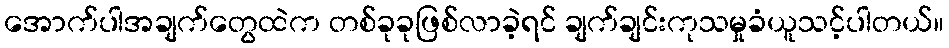
အောက်ပါအချက်တွေထဲက တစ်ခုခုဖြစ်လာခဲ့ရင် ချက်ချင်းကုသမှုခံယူသင့်ပါတယ်။